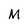
Character: M